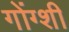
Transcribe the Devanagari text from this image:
गोंग्शी